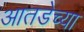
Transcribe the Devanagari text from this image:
आतडेच्या